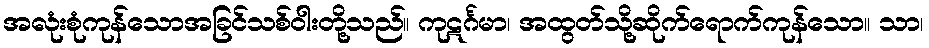
အလုံးစုံကုန်သောအခြင်သစ်ဝါးတို့သည်။ ကုဋင်္ဂမာ၊ အထွတ်သို့ဆိုက်ရောက်ကုန်သော။ သာ၊